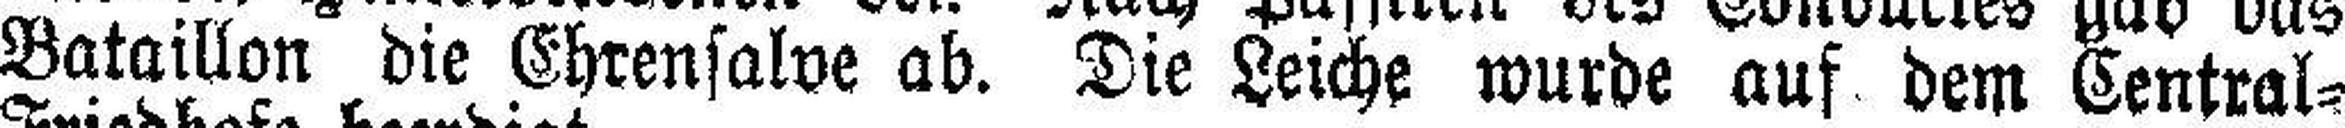
Bataillon die Ehrensalve ab. Die Leiche wurde auf dem Central=